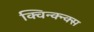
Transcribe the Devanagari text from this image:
क्विन्क्न्क्स